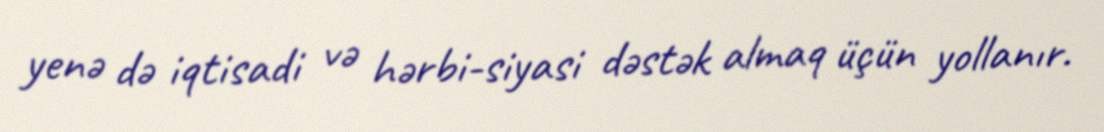
yenə də iqtisadi və hərbi-siyasi dəstək almaq üçün yollanır.